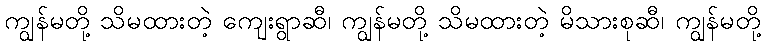
ကျွန်မတို့ သိမထားတဲ့ ကျေးရွာဆီ၊ ကျွန်မတို့ သိမထားတဲ့ မိသားစုဆီ၊ ကျွန်မတို့